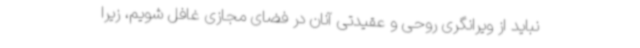
نباید از ویرانگری روحی و عقیدتی آنان در فضای مجازی غافل شویم، زیرا